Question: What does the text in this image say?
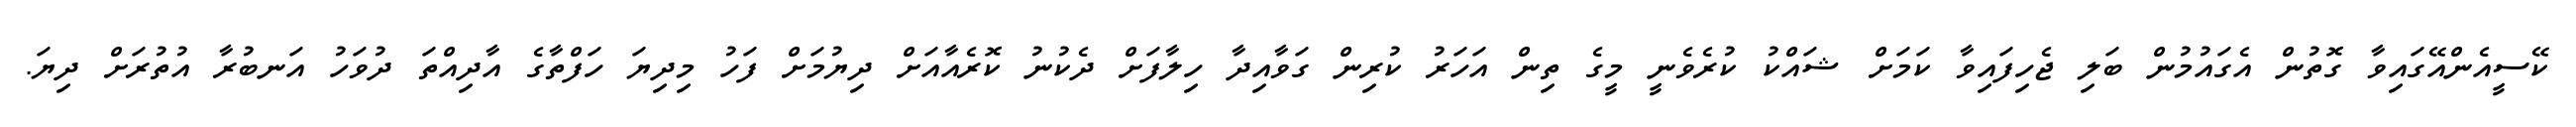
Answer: ކޭސީއެންއޭގައިވާ ގޮތުން އެގައުމުން ބަލި ޖެހިފައިވާ ކަމަށް ޝައްކު ކުރެވެނީ މީގެ ތިން އަހަރު ކުރިން ގަވާއިދާ ހިލާފަށް ދެކުނު ކޮރެއާއަށް ދިޔުމަށް ފަހު މިދިޔަ ހަފްތާގެ އާދިއްތަ ދުވަހު އަނބުރާ އުތުރަށް ދިޔަ.